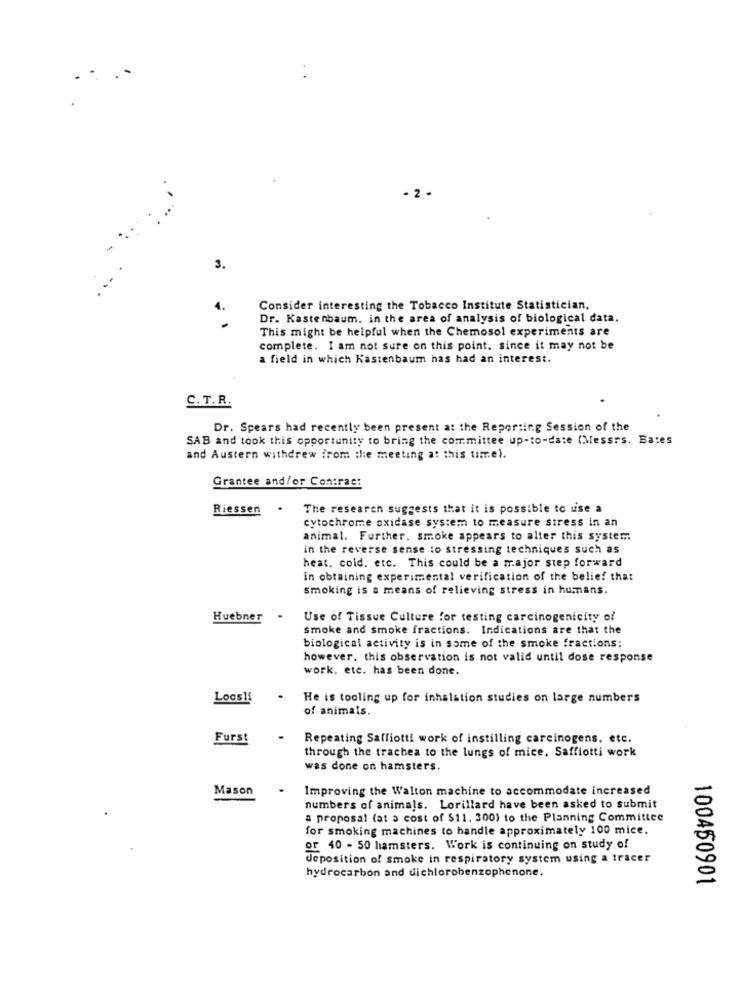
- 2 .
3.
Consider interesting the Tobacco Institute Statistician,
Dr. Kastenbaum. in the area of analysis of biological data.
.
This might be helpful when the Chemosol experiments are
complete. I am not sure on this point. since it may not be
a field in which Kastenbaum has had an interest.
C. T.R.
Dr. Spears had recently been present at the Reporting Session of the
SAB and took this opportunity to bring the committee up-to-date (Messrs. Bates
and Austern withdrew from the meeting at this time).
Grantee and/or Con:rac:
Riessen
.
The research suggests that it is possible to use a
cytochrome oxidase system to measure stress in an
animal. Further, smoke appears to alter this system
in the reverse sense to stressing techniques such as
heat. cold. etc. This could be a major step forward
in obtaining experimental verification of the belief that
smoking is a means of relieving stress in humans.
Huebner -
Use of Tissue Culture for testing carcinogenicity of
smoke and smoke fractions. Indications are that the
biological activity is in some of the smoke fractions:
however, this observation is not valid until dose response
work. etc. has been done.
Loosli
.
He is tooling up for inhalation studies on large numbers
of animals.
Furst
Repeating Saffiotti work of instilling carcinogens. etc.
through the trachea to the lungs of mice. Saffiotti work
was done on hamsters.
Mason
Improving the Walton machine to accommodate increased
numbers of animals. Lorillard have been asked to submit
a proposal (at 3 cost of $11. 300) to the Planning Committee
for smoking machines to handle approximately 100 mice.
or 40 - 50 hamsters. Work is continuing on study of
deposition of smoke in respiratory system using a tracer
hydrocarbon and dichlorobenzophenone.
100450901